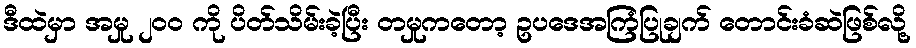
ဒီထဲမှာ အမှု ၂၀၀ ကို ပိတ်သိမ်းခဲ့ပြီး တမှုကတော့ ဥပဒေအကြံပြုချက် တောင်းခံဆဲဖြစ်လို့